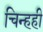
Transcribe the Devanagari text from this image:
चिन्हही